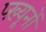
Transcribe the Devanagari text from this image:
प्ख़्यूनों